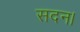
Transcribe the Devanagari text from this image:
सदन।